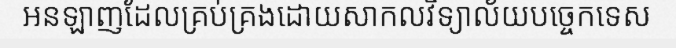
អនឡាញដែលគ្រប់គ្រងដោយសាកលវិទ្យាល័យបច្ចេកទេស